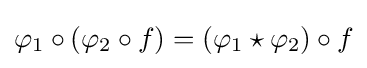
\varphi _{1}\circ (\varphi _{2}\circ f)=(\varphi _{1}\star \varphi _{2})\circ f